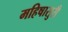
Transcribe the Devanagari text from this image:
महिषासुरी